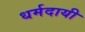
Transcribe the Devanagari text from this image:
धर्मदायी